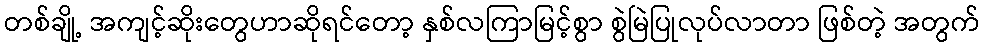
တစ်ချို့ အကျင့်ဆိုးတွေဟာဆိုရင်တော့ နှစ်လကြာမြင့်စွာ စွဲမြဲပြုလုပ်လာတာ ဖြစ်တဲ့ အတွက်